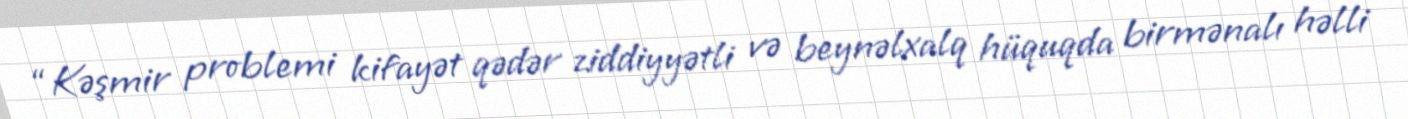
“Kəşmir problemi kifayət qədər ziddiyyətli və beynəlxalq hüquqda birmənalı həlli